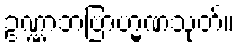
ဥဏ္ဏာဘဗြာဟ္မဏသုတ်။